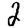
Digit: 2